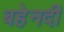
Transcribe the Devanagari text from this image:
बहेनदी